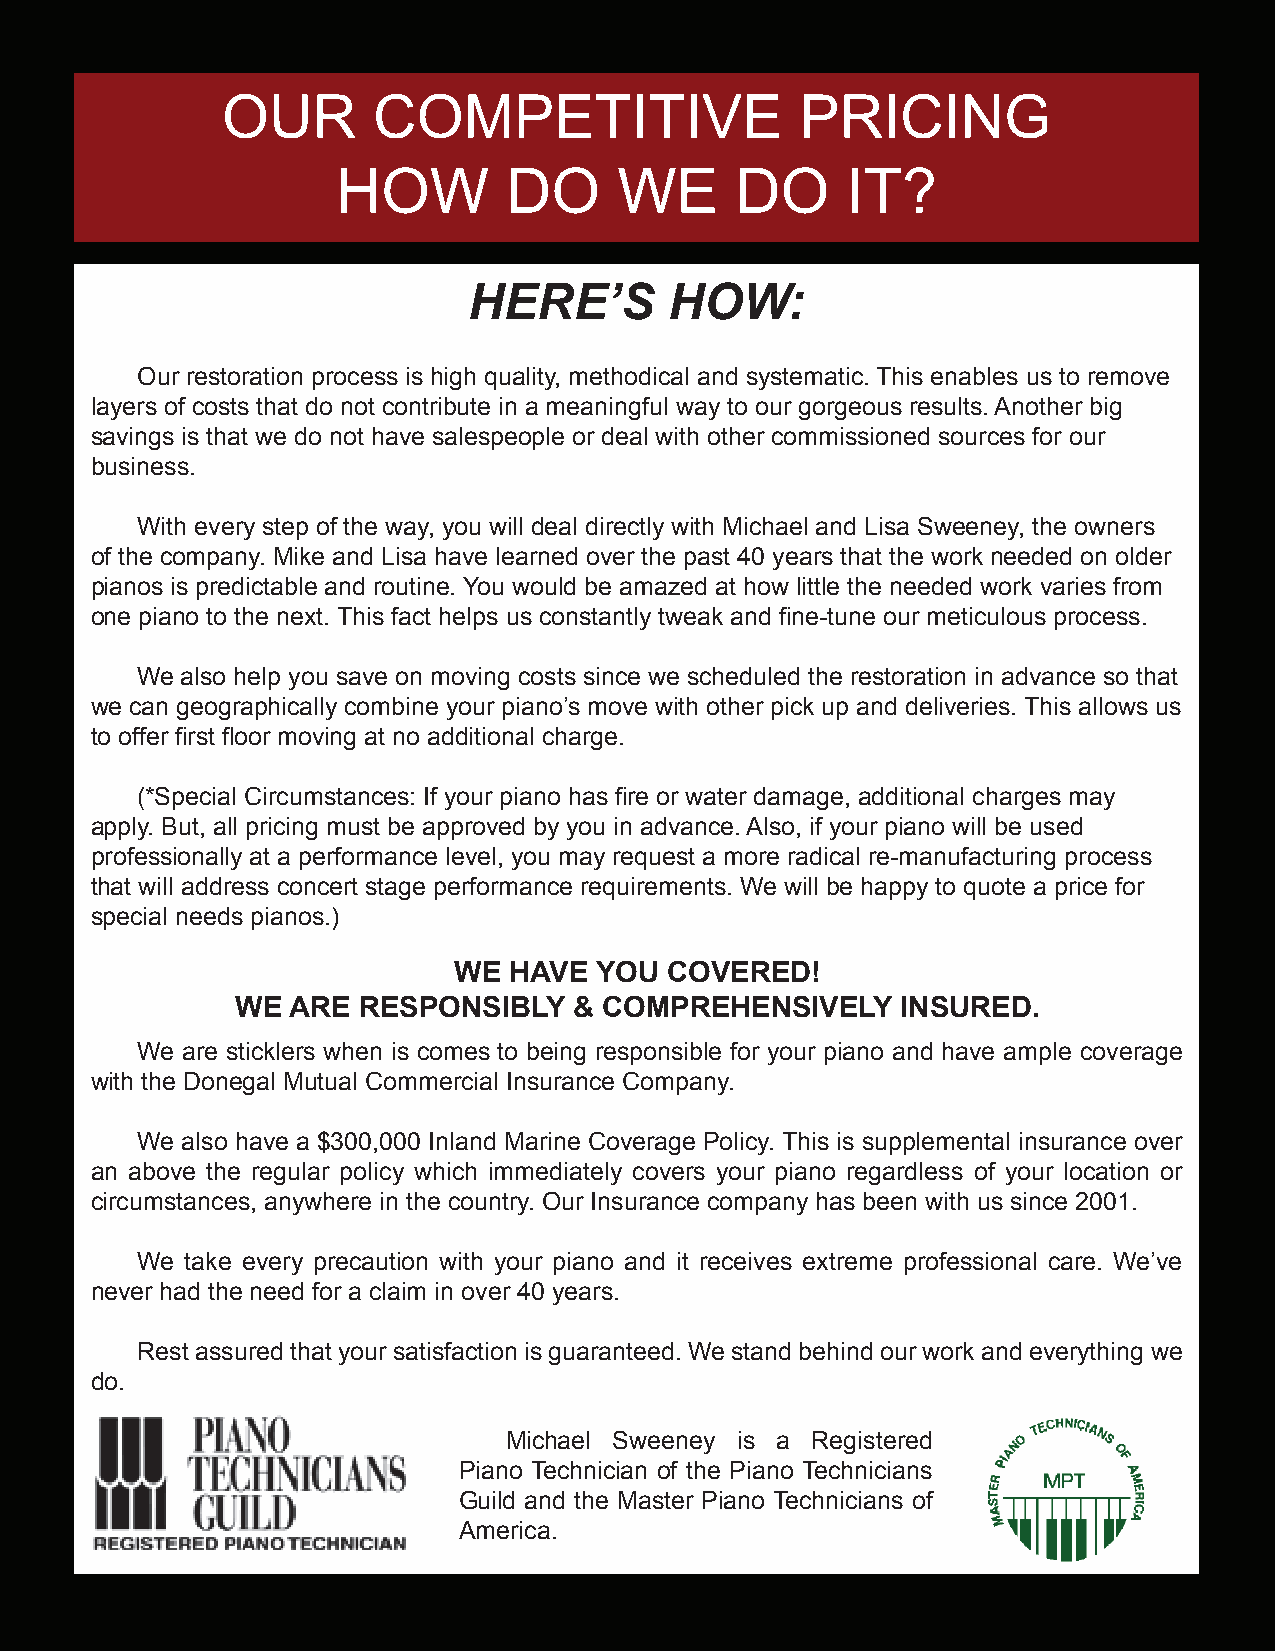
OUR       COMPETITIVE                 PRICING
 HOW         DO     WE      DO     IT?
 HERE’S       HOW:
 Our restoration process is high quality, methodical and systematic. This enables us to remove
 layers of costs that do not contribute in a meaningful way to our gorgeous results. Another big
 savings is that we do not have salespeople or deal with other commissioned sources for our
 business.
 With every step of the way, you will deal directly with Michael and Lisa Sweeney, the owners
 of the company. Mike and Lisa have learned over the past 40 years that the work needed on older
 pianos is predictable and routine. You would be amazed at how little the needed work varies from
 one piano to the next. This fact helps us constantly tweak and fine-tune our meticulous process.
 We also help you save on moving costs since we scheduled the restoration in advance so that
 we can geographically combine your piano’s move with other pick up and deliveries. This allows us
 to offer first floor moving at no additional charge.
 (*Special Circumstances: If your piano has fire or water damage, additional charges may
 apply. But, all pricing must be approved by you in advance. Also, if your piano will be used
 professionally at a performance level, you may request a more radical re-manufacturing process
 that will address concert stage performance requirements. We will be happy to quote a price for
 special needs pianos.)
 WE  HAVE YOU  COVERED!
 WE ARE  RESPONSIBLY   & COMPREHENSIVELY     INSURED.
 We are sticklers when is comes to being responsible for your piano and have ample coverage
 with the Donegal Mutual Commercial Insurance Company.
 We also have a $300,000 Inland Marine Coverage Policy. This is supplemental insurance over
 an above the regular policy which immediately covers your piano regardless of your location or
 circumstances, anywhere in the country. Our Insurance company has been with us since 2001.
 We take every precaution with your piano and it receives extreme professional care. We’ve
 never had the need for a claim in over 40 years.
 Rest assured that your satisfaction is guaranteed. We stand behind our work and everything we
 do.
 Michael Sweeney is a Registered
 Piano Technician of the Piano Technicians
 Guild and the Master Piano Technicians of
 America.